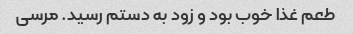
طعم غذا خوب بود و زود به دستم رسید. مرسی